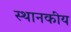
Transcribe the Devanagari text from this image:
स्थानकीय